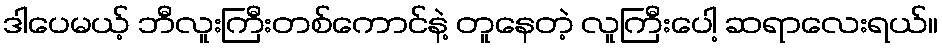
ဒါပေမယ့် ဘီလူးကြီးတစ်ကောင်နဲ့ တူနေတဲ့ လူကြီးပေါ့ ဆရာလေးရယ်။